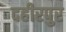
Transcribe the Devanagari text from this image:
दहीरपुर